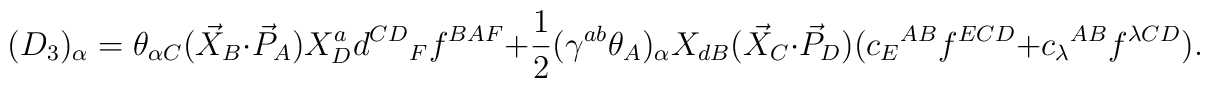
(D_{3})_{\alpha}=      \theta_{\alpha C}(\vec X_{B}\cdot\vec P_{A})X^{a}_{D}          {d^{CD}}_{F}f^{BAF}       +\frac{1}{2}(\gamma^{ab}\theta_{A})_{\alpha}X_{dB}        (\vec X_{C}\cdot\vec P_{D})        ({c_{E}}^{AB}f^{ECD}+{c_{\lambda}}^{AB}f^{\lambda CD}).